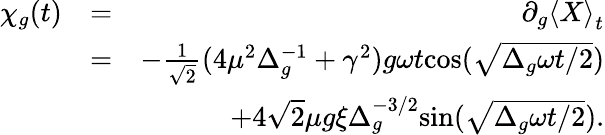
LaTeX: \begin{array}{rlr}{\chi_{g}(t)}&{=}&{\partial_{g}\left\langle{X}\right\rangle_{t}}\\ &{=}&{-\frac{1}{\sqrt{2}}(4\mu^{2}\Delta_{g}^{-1}+\gamma^{2})g\omega t\mathrm{{cos}}(\sqrt{\Delta_{g}\omega t/2})}\\ &{}&{+4\sqrt{2}\mu g\xi\Delta_{g}^{-3/2}{\mathrm{sin}}(\sqrt{\Delta_{g}\omega t/2}).}\end{array}